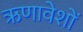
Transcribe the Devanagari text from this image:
ऋणावेशों